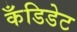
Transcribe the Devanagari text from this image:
कँडिडेट